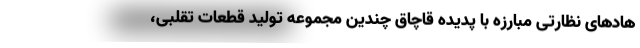
هادهای نظارتی مبارزه با پدیده قاچاق چندین مجموعه تولید قطعات تقلبی،